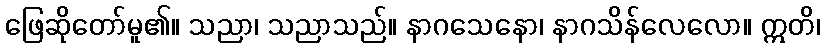
ဖြေဆိုတော်မူ၏။ သညာ၊ သညာသည်။ နာဂသေနော၊ နာဂသိန်လေလော။ ဣတိ၊